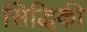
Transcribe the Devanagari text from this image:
सिद्धिकी